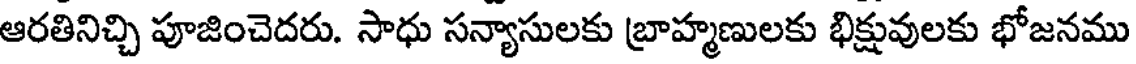
ఆరతినిచ్చి పూజించెదరు. సాధు సన్యాసులకు బ్రాహ్మణులకు భిక్షువులకు భోజనము